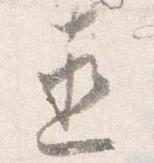
直